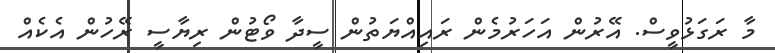
މާ ރަގަޅުވީސް. އޭރުން އަހަރުމެން ރައިއްޔަތުން ސީދާ ވޯޓުން ރިޔާސީ ރޭހުން އެކެއް